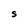
Character: S